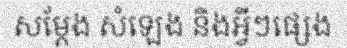
សម្តែង សំឡេង និងអ្វីៗផ្សេង